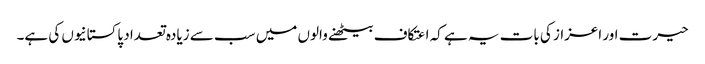
حیرت اور اعزاز کی بات یہ ہے کہ اعتکاف بیٹھنے والوں میں سب سے زیادہ تعداد پاکستانیوں کی ہے۔